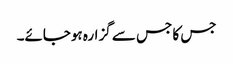
جس کا جس سے گزارہ ہوجائے۔